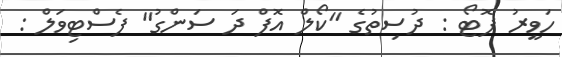
ހަވީރު ފޮޓޯ : ދުސިތުގެ "ކޯލް އޮފް ދަ ސަންގު" ފެސްޓިވަލް :